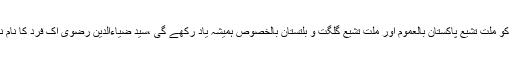
شہید سید ضیاءالدین رضوی بھی ان محسنین میں سے ایک ہیں جن کو ملت تشیع پاکستان بالعموم اور ملت تشیع گلگت و بلتستان بالخصوص ہمیشہ یاد رکھے گی ،سید ضیاءالدین رضوی اک فرد کا نام نہیں بلکہ اک فکر ،اک جذبے ، اک حوصلے اور شعور کا نام ہے ۔